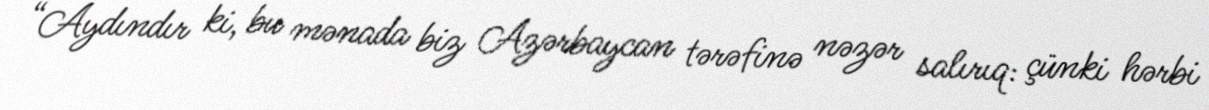
“Aydındır ki, bu mənada biz Azərbaycan tərəfinə nəzər salırıq: çünki hərbi